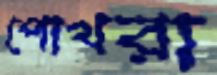
পোখরা